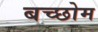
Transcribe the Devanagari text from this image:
बच्छोम